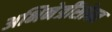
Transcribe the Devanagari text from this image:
अभिनेत्रींसोबत